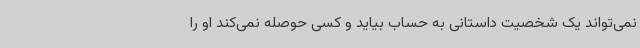
نمی‌تواند یک شخصیت داستانی به‌ حساب بیاید و کسی حوصله نمی‌کند او را